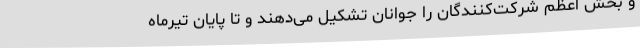
و بخش اعظم شرکت‌کنندگان را جوانان تشکیل می‌دهند و تا پایان تیرماه